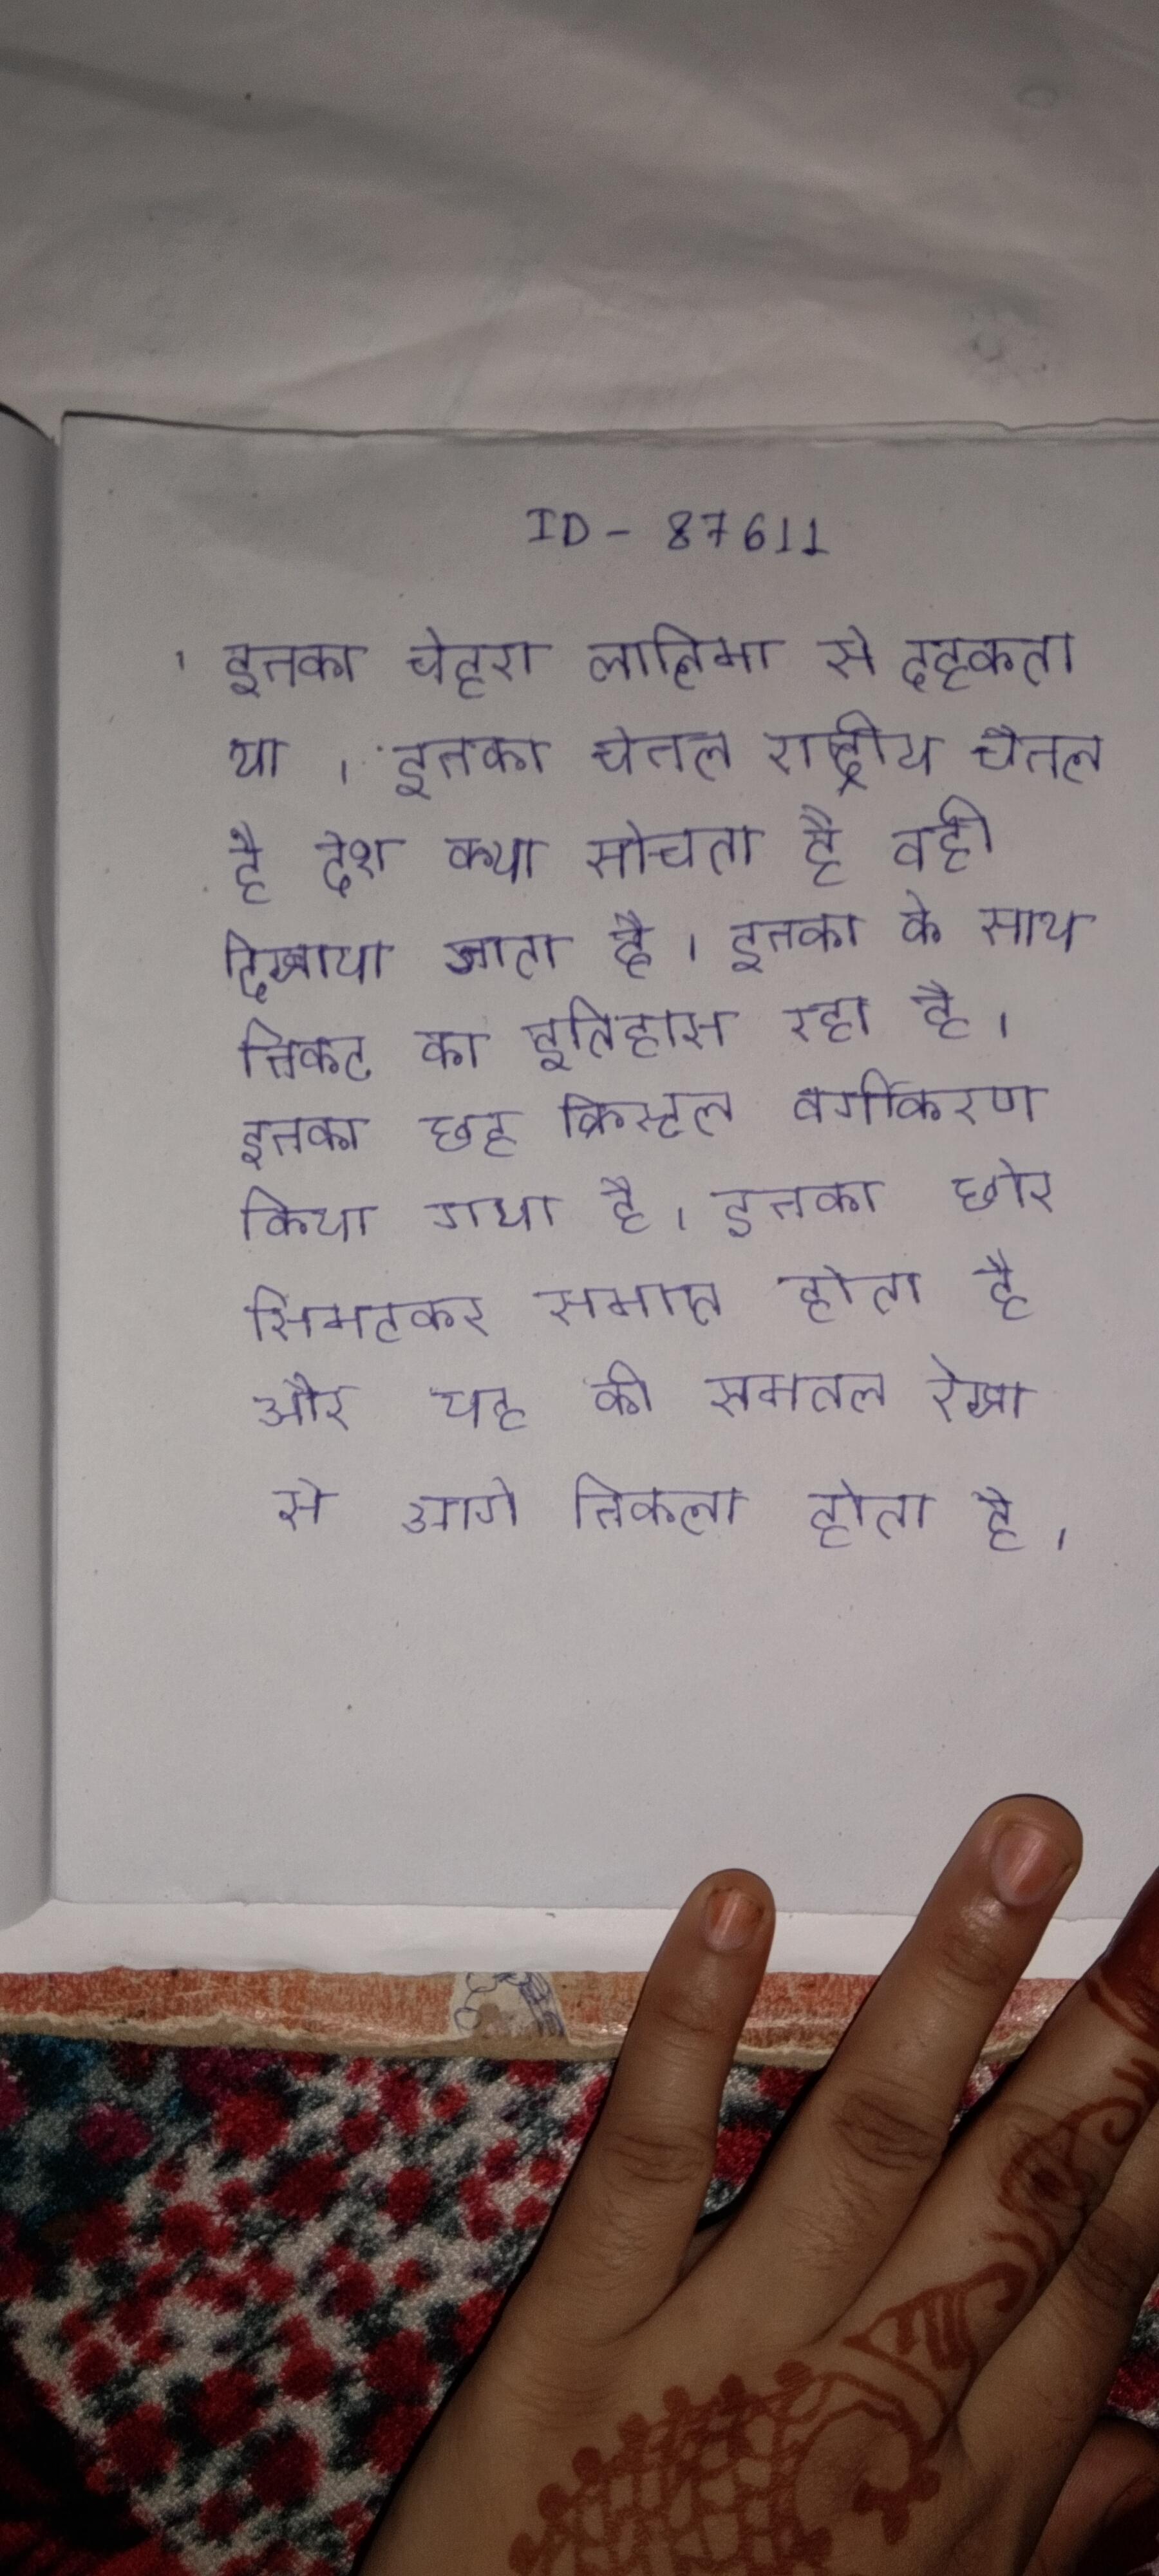
इनका चेहरा लालिमा से दहकता था । इनका चैनल राष्ट्रीय चैनल है देश क्या सोचता है वही दिखाया जाता है । इनका के साथ निकट का इतिहास रहा है । इनका छह क्रिस्टल वर्गीकरण किया गया है । इनका छोर सिमटकर समाप्त होता है और यह की समतल रेखा से आगे निकला होता है ।